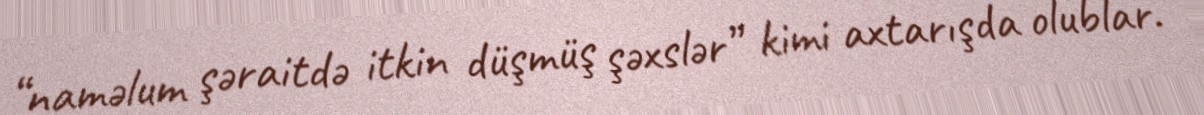
“naməlum şəraitdə itkin düşmüş şəxslər” kimi axtarışda olublar.